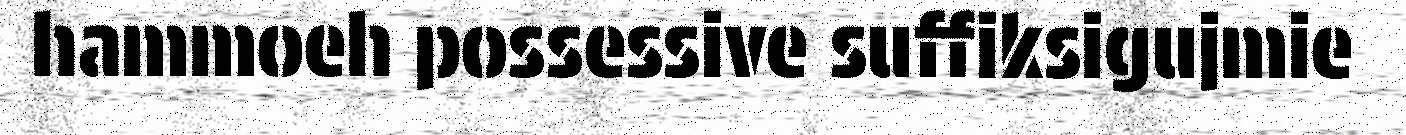
hammoeh possessive suffiksigujmie